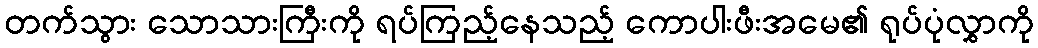
တက်သွား သောသားကြီးကို ရပ်ကြည့်နေသည့် ကောပါးဖီးအမေ၏ ရုပ်ပုံလွှာကို